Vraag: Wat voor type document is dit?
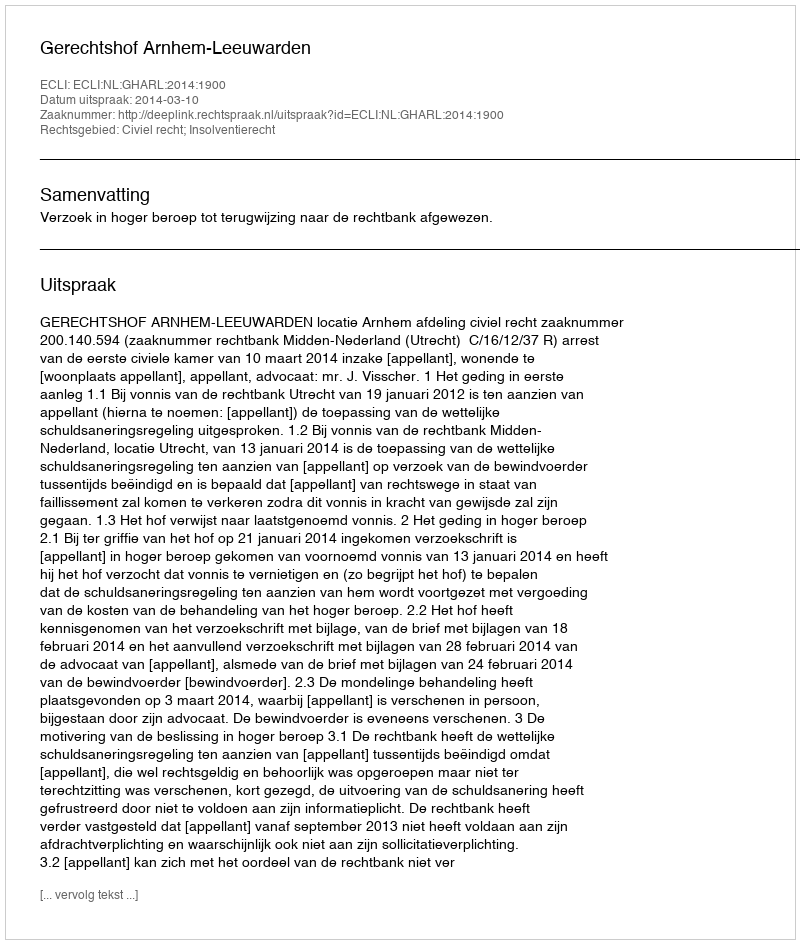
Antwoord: Uitspraak